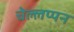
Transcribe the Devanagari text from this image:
चेल्लप्पन